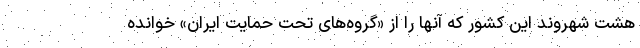
هشت شهروند این کشور که آنها را از «گروه‌های تحت حمایت ایران» خوانده